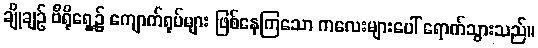
ချိုချဉ် ဗီရိုရှေ့၌ ကျောက်ရုပ်များ ဖြစ်နေကြသော ကလေးများပေါ် ရောက်သွားသည်။